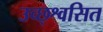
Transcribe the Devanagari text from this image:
उच्छ्श्वसित